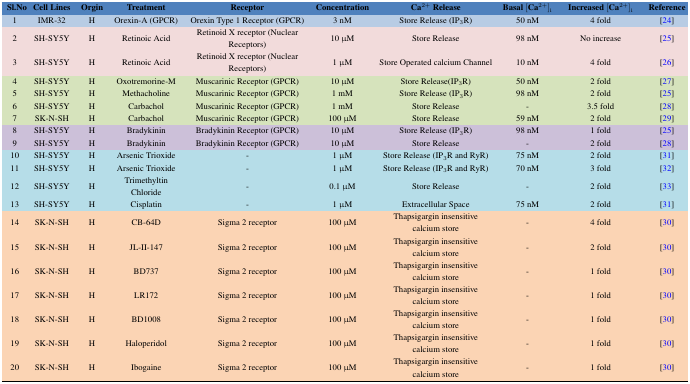
<table><thead><tr><td><b>Sl.No</b></td><td><b>Cell Lines</b></td><td><b>Orgin</b></td><td><b>Treatment</b></td><td><b>Receptor</b></td><td><b>Concentration</b></td><td><b>Ca<sup>2+</sup> Release</b></td><td><b>Basal [Ca<sup>2+</sup>]<sub>i</sub></b></td><td><b>Increased [Ca<sup>2+</sup>]<sub>i</sub></b></td><td><b>Reference</b></td></tr></thead><tbody><tr><td>1</td><td>IMR-32</td><td>H</td><td>Orexin-A (GPCR)</td><td>Orexin Type 1 Receptor (GPCR)</td><td>3 nM</td><td>Store Release (IP<sub>3</sub>R)</td><td>50 nM</td><td>4 fold</td><td>[24]</td></tr><tr><td>2</td><td>SH-SY5Y</td><td>H</td><td>Retinoic Acid</td><td>Retinoid X receptor (Nuclear Receptors)</td><td>10 μM</td><td>Store Release</td><td>98 nM</td><td>No increase</td><td>[25]</td></tr><tr><td>3</td><td>SH-SY5Y</td><td>H</td><td>Retinoic Acid</td><td>Retinoid X receptor (Nuclear Receptors)</td><td>1 μM</td><td>Store Operated calcium Channel</td><td>10 nM</td><td>4 fold</td><td>[26]</td></tr><tr><td>4</td><td>SH-SY5Y</td><td>H</td><td>Oxotremorine-M</td><td>Muscarinic Receptor (GPCR)</td><td>10 μM</td><td>Store Release (IP<sub>3</sub>R)</td><td>50 nM</td><td>2 fold</td><td>[27]</td></tr><tr><td>5</td><td>SH-SY5Y</td><td>H</td><td>Methacholine</td><td>Muscarinic Receptor (GPCR)</td><td>1 mM</td><td>Store Release (IP<sub>3</sub>R)</td><td>98 nM</td><td>2 fold</td><td>[25]</td></tr><tr><td>6</td><td>SH-SY5Y</td><td>H</td><td>Carbachol</td><td>Muscarinic Receptor (GPCR)</td><td>1 mM</td><td>Store Release</td><td>-</td><td>3.5 fold</td><td>[28]</td></tr><tr><td>7</td><td>SK-N-SH</td><td>H</td><td>Carbachol</td><td>Muscarinic Receptor (GPCR)</td><td>100 μM</td><td>Store Release</td><td>59 nM</td><td>2 fold</td><td>[29]</td></tr><tr><td>8</td><td>SH-SY5Y</td><td>H</td><td>Bradykinin</td><td>Bradykinin Receptor (GPCR)</td><td>10 μM</td><td>Store Release (IP<sub>3</sub>R)</td><td>98 nM</td><td>1 fold</td><td>[25]</td></tr><tr><td>9</td><td>SH-SY5Y</td><td>H</td><td>Bradykinin</td><td>Bradykinin Receptor (GPCR)</td><td>10 μM</td><td>Store Release</td><td>-</td><td>2 fold</td><td>[28]</td></tr><tr><td>10</td><td>SH-SY5Y</td><td>H</td><td>Arsenic Trioxide</td><td>-</td><td>1 μM</td><td>Store Release (IP<sub>3</sub>R and RyR)</td><td>75 nM</td><td>2 fold</td><td>[31]</td></tr><tr><td>11</td><td>SH-SY5Y</td><td>H</td><td>Arsenic Trioxide</td><td>-</td><td>1 μM</td><td>Store Release (IP<sub>3</sub>R and RyR)</td><td>70 nM</td><td>3 fold</td><td>[32]</td></tr><tr><td>12</td><td>SH-SY5Y</td><td>H</td><td>Trimethyltin Chloride</td><td>-</td><td>0.1 μM</td><td>Store Release</td><td>-</td><td>2 fold</td><td>[33]</td></tr><tr><td>13</td><td>SH-SY5Y</td><td>H</td><td>Cisplatin</td><td>-</td><td>1 μM</td><td>Extracellular Space</td><td>75 nM</td><td>2 fold</td><td>[31]</td></tr><tr><td>14</td><td>SK-N-SH</td><td>H</td><td>CB-64D</td><td>Sigma 2 receptor</td><td>100 μM</td><td>Thapsigargin insensitive calcium store</td><td>-</td><td>4 fold</td><td>[30]</td></tr><tr><td>15</td><td>SK-N-SH</td><td>H</td><td>JL-II-147</td><td>Sigma 2 receptor</td><td>100 μM</td><td>Thapsigargin insensitive calcium store</td><td>-</td><td>2 fold</td><td>[30]</td></tr><tr><td>16</td><td>SK-N-SH</td><td>H</td><td>BD737</td><td>Sigma 2 receptor</td><td>100 μM</td><td>Thapsigargin insensitive calcium store</td><td>-</td><td>1 fold</td><td>[30]</td></tr><tr><td>17</td><td>SK-N-SH</td><td>H</td><td>LR172</td><td>Sigma 2 receptor</td><td>100 μM</td><td>Thapsigargin insensitive calcium store</td><td>-</td><td>1 fold</td><td>[30]</td></tr><tr><td>18</td><td>SK-N-SH</td><td>H</td><td>BD1008</td><td>Sigma 2 receptor</td><td>100 μM</td><td>Thapsigargin insensitive calcium store</td><td>-</td><td>1 fold</td><td>[30]</td></tr><tr><td>19</td><td>SK-N-SH</td><td>H</td><td>Haloperidol</td><td>Sigma 2 receptor</td><td>100 μM</td><td>Thapsigargin insensitive calcium store</td><td>-</td><td>1 fold</td><td>[30]</td></tr><tr><td>20</td><td>SK-N-SH</td><td>H</td><td>Ibogaine</td><td>Sigma 2 receptor</td><td>100 μM</td><td>Thapsigargin insensitive calcium store</td><td>-</td><td>1 fold</td><td>[30]</td></tr></tbody></table>